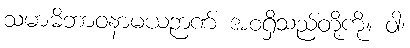
သမာဓိဘာဝနာမယဉာဏ် အစရှိသည်တို့ကို။ ဝါ၊